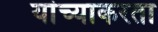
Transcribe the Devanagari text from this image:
यांच्याकरता